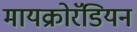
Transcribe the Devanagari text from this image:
मायक्रोरॅडियन